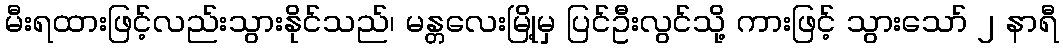
မီးရထားဖြင့်လည်းသွားနိုင်သည်၊ မန္တလေးမြို့မှ ပြင်ဦးလွင်သို့ ကားဖြင့် သွားသော် ၂ နာရီ